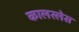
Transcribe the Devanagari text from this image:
कालरलेस